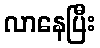
လာနေပြီး